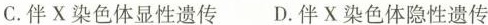
C.伴X染色体显性遗传 D.伴X染色体隐性遗传